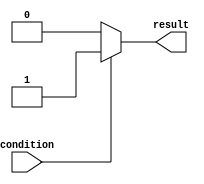
module if_else_example (
    input wire condition,
    output reg result
);

always @* begin
    if (~condition) begin
        result <= 1'b0; // Execute this statement if condition is false
    end
    else begin
        result <= 1'b1; // Execute this statement if condition is true
    end
end

endmodule